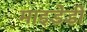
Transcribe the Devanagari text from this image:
माइडेडी